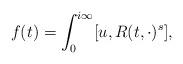
LaTeX: \begin{align*} f(t) = \int_0^{i\infty} [u, R(t,\cdot)^s],\end{align*}